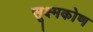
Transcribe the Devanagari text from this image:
सूक्ष्मकोण